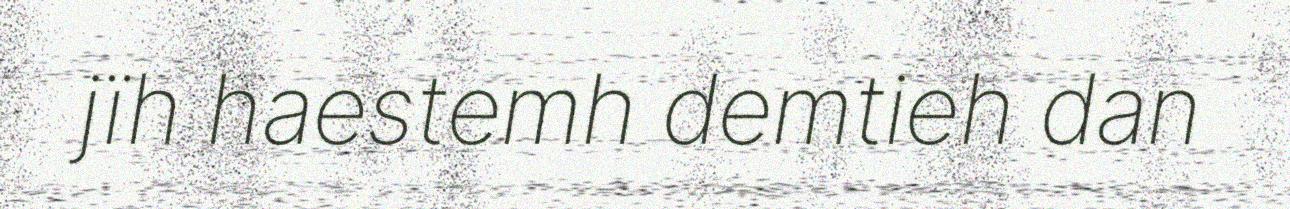
jïh haestemh demtieh dan